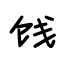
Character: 饯